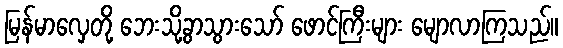
မြန်မာလှေတို့ ဘေးသို့ခွာသွားသော် ဖောင်ကြီးများ မျောလာကြသည်။